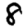
Digit: 8